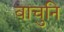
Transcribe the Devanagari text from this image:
वाचुनि